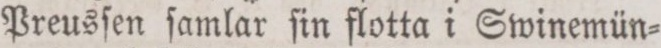
Preusſen ſamlar ſin flotta i Swinemün=